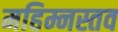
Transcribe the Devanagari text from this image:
महिम्नस्तव